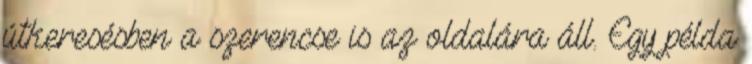
útkeresésben a szerencse is az oldalára áll. Egy példa